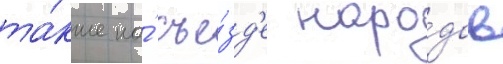
та́кже на́ съе́зд'е наро́дов